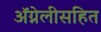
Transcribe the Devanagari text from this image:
ॲग्नेलीसहित